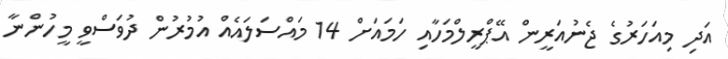
އަދި މިއަހަރުގެ ޖެނުއަރީން އޭޕްރީލްމަހާއި ހަމައަށް 14 މައްސަލައެއް އުމުރުން ދުވަސްވީ މީހުންނާ